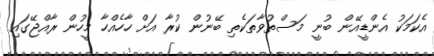
އެކަމަކު އެންޑީއޭން ބުނީ މަސްތުވާތަކެތި ބޭނުން ކުރާ އަށް ހާހެއްހާ މީހުން ރާއްޖޭގައި